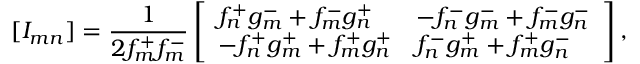
[ I _ { m n } ] = \frac { 1 } { 2 f _ { m } ^ { + } f _ { m } ^ { - } } \left[ \begin{array} { l l } { f _ { n } ^ { + } g _ { m } ^ { - } + f _ { m } ^ { - } g _ { n } ^ { + } } & { - f _ { n } ^ { - } g _ { m } ^ { - } + f _ { m } ^ { - } g _ { n } ^ { - } } \\ { - f _ { n } ^ { + } g _ { m } ^ { + } + f _ { m } ^ { + } g _ { n } ^ { + } } & { f _ { n } ^ { - } g _ { m } ^ { + } + f _ { m } ^ { + } g _ { n } ^ { - } } \end{array} \right] ,